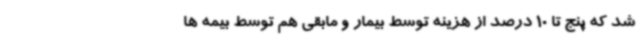
شد که پنج تا 10 درصد از هزینه توسط بیمار و مابقی هم توسط بیمه ها